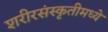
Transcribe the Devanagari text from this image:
शरीरसंस्कृतीमध्ये